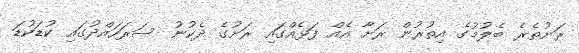
ރަށުތެރެ ބެލުމުގެ އިތުރުން ރަށާ އެއް ފަޅެއްގައި ރަށުގެ ދެކުނު ސަރަހައްދުގައި ކުޑަކުޑަ